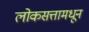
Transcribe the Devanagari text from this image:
लोकसत्तामधून